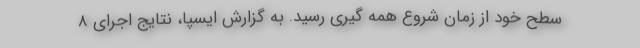
سطح خود از زمان شروع همه گیری رسید. به گزارش ایسپا، نتایج اجرای 8